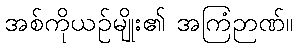
အစ်ကိုယဉ်မျိုး၏ အကြံဉာဏ်။